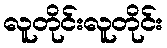
လူတိုင်းလူတိုင်း